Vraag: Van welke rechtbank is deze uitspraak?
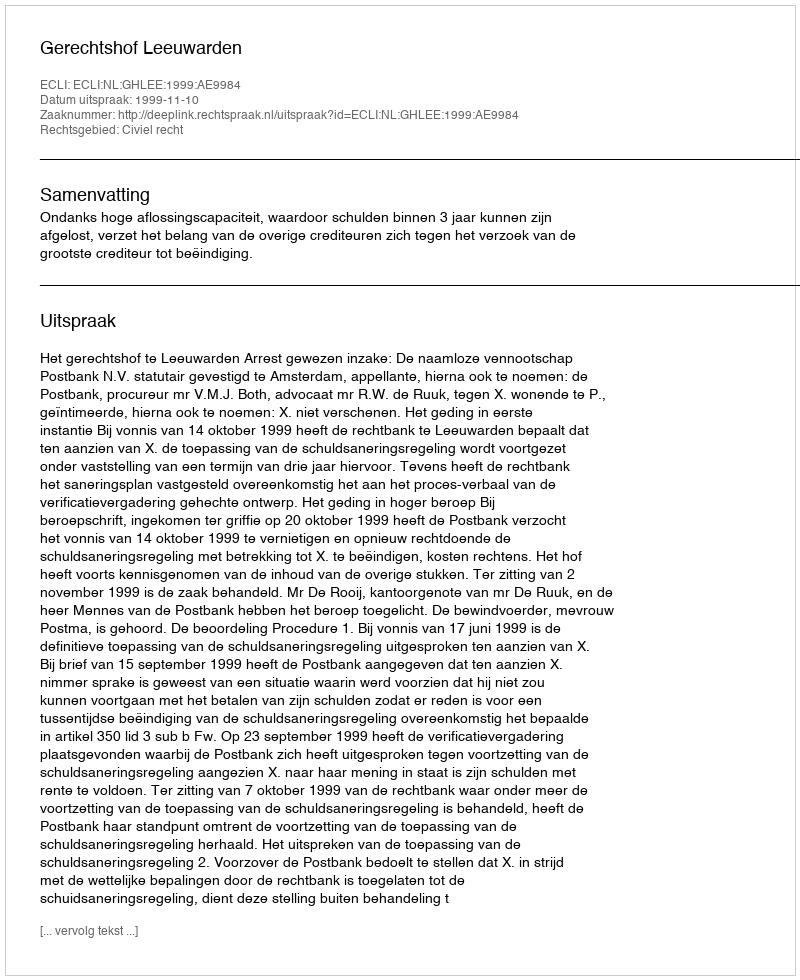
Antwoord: Gerechtshof Leeuwarden